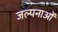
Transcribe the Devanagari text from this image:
जल्पनाओं